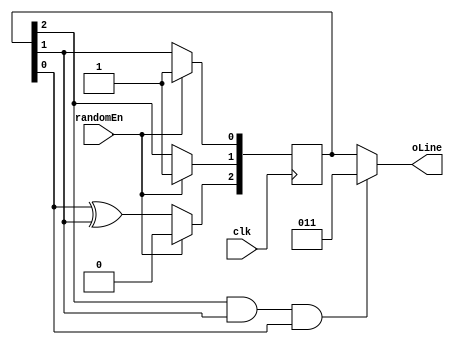
//FILE: contains 3 bit random number generators for obstacle and banana 

//generates a 3 bit random number every clk cycle
module randomNum3bit (input clk, randomEn, output [2:0] oLine);
	wire [2:0] seedIn;
	reg [2:0] Q;
	wire allOnes, firstIn;
	
	assign seedIn = 3'b011;
	assign firstIn = Q[0] ^ Q[1];
	assign allOnes = (Q[2] & Q[1] & Q[0]);
	
	always @(posedge clk)
	begin
		if (randomEn) 
			Q <= seedIn;
		else
			begin
				Q[2] <= firstIn;
				Q[1] <= Q[2];
				Q[0] <= Q[1];
			end
	end
	
	assign oLine = allOnes ? seedIn : Q;
	
endmodule


// randomizer for bananas
module randomBanana (input clk, reset, outputEn, output reg [2:0] randomOut);
	wire [2:0] seedIn;
	reg [2:0] Q;
	wire allOnes, firstIn;
	
	assign seedIn = 3'b100;
	assign firstIn = Q[0] ^ Q[1];
	assign allOnes = (Q[2] & Q[1] & Q[0]);
	
	always @(posedge clk)
	begin
		if (reset) 
			Q <= seedIn;
		else
			begin
				Q[2] <= firstIn;
				Q[1] <= Q[2];
				Q[0] <= Q[1];
			end
		if (outputEn)
			if (allOnes)
				randomOut <= seedIn;
			else
				randomOut <= Q;
	end
	
endmodule